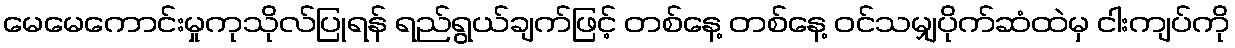
မေမေကောင်းမှုကုသိုလ်ပြုရန် ရည်ရွယ်ချက်ဖြင့် တစ်နေ့ တစ်နေ့ ဝင်သမျှပိုက်ဆံထဲမှ ငါးကျပ်ကို